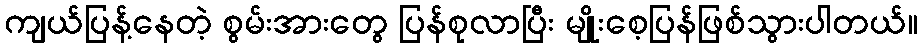
ကျယ်ပြန့်နေတဲ့ စွမ်းအားတွေ ပြန်စုလာပြီး မျိုးစေ့ပြန်ဖြစ်သွားပါတယ်။